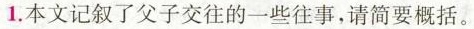
1.本文记述可父子交往的一些往事，请简要概括。